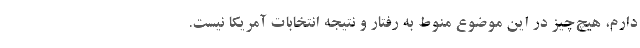
دارم، هیچ‌چیز در این موضوع منوط به رفتار و نتیجه انتخابات آمریکا نیست.